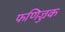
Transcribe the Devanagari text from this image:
फणिज्जक